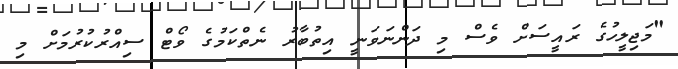
"މަޖިލީހުގެ ރައީސަށް ވެސް މި ދަންނަވަނީ އިތުބާރު ނެތްކަމުގެ ވޯޓް ސިއްރުކުރުމަށް މި